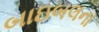
બાઇબલના